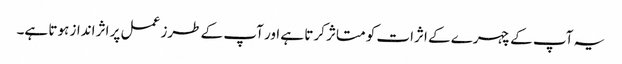
یہ آپ کے چہرے کے اثرات کو متاثر کرتا ہے اور آپ کے طرز عمل پر اثر انداز ہوتا ہے۔